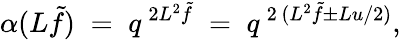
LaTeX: \alpha(L\tilde{f})\; =\; q^{\, 2L^{2}\tilde{f}}\; =\; q^{\, 2\, (L^{2}\tilde{f}\pm Lu/2)},